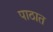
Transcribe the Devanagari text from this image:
पाठात